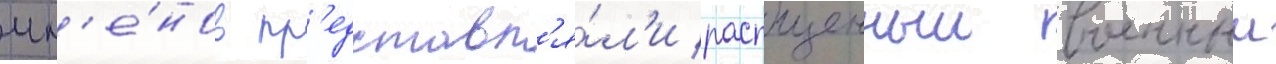
чл'е́нов пр'едставл'я́л'и распущенныи военныи